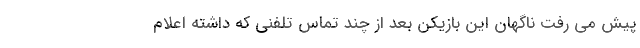
پیش می رفت ناگهان این بازیکن بعد از چند تماس تلفنی که داشته اعلام